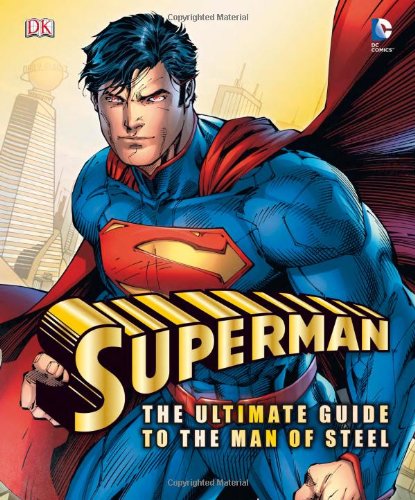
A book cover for Superman: The Ultimate Guide to the Man of Steel (Dk Superman); Daniel Wallace; Children's Books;